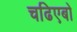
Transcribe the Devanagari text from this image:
चढिएबो